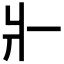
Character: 𤕬